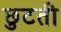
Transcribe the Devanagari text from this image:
छुटती